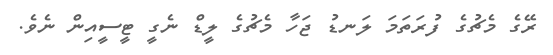
ރޭގެ މެޗުގެ ފުރަތަމަ ލަނޑު ޖަހާ މެޗުގެ ލީޑް ނެގީ ޓީސީއިން ނެވެ.